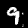
Digit: 9